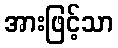
အားဖြင့်သာ